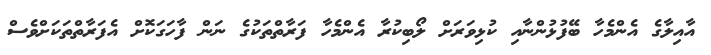
އާއިލާގެ އެންމެހާ ބޭފުޅުންނާއި ކުޅިވަރަށް ލޯބިކުރާ އެންމެހާ ފަރާތްތަކުގެ ނަން ފާހަގަކޮށް އެފަރާތްތަކަށްވެސް